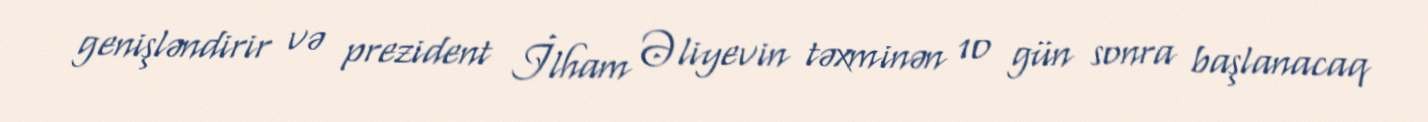
genişləndirir və prezident İlham Əliyevin təxminən 10 gün sonra başlanacaq